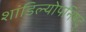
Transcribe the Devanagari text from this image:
शांडिल्योपनिषद्